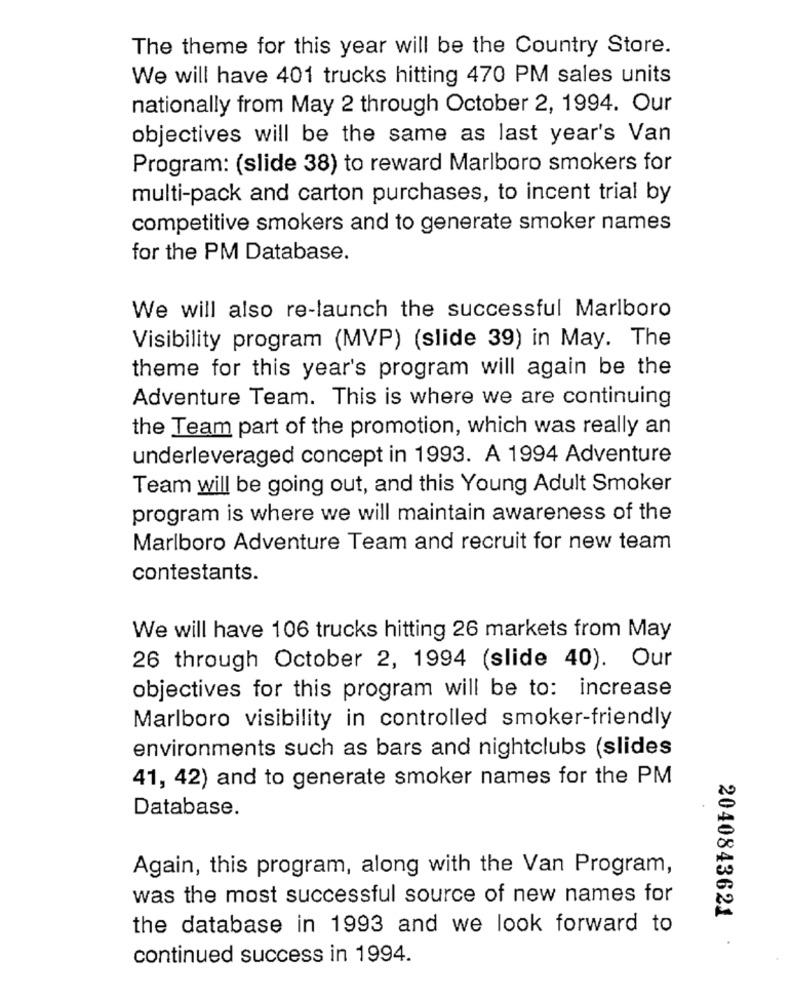
The theme for this year will be the Country Store.
We will have 401 trucks hitting 470 PM sales units
nationally from May 2 through October 2, 1994. Our
objectives will be the same as last year's Van
Program: (slide 38) to reward Marlboro smokers for
multi-pack and carton purchases, to incent trial by
competitive smokers and to generate smoker names
for the PM Database.
We will also re-launch the successful Marlboro
Visibility program (MVP) (slide 39) in May. The
theme for this year's program will again be the
Adventure Team. This is where we are continuing
the Team part of the promotion, which was really an
underleveraged concept in 1993. A 1994 Adventure
Team will be going out, and this Young Adult Smoker
program is where we will maintain awareness of the
Marlboro Adventure Team and recruit for new team
contestants.
We will have 106 trucks hitting 26 markets from May
26 through October 2, 1994 (slide 40). Our
objectives for this program will be to: increase
Marlboro visibility in controlled smoker-friendly
environments such as bars and nightclubs (slides
41, 42) and to generate smoker names for the PM
Database.
Again, this program, along with the Van Program,
was the most successful source of new names for
the database in 1993 and we look forward to
2040843621 .
continued success in 1994.